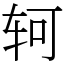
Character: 轲